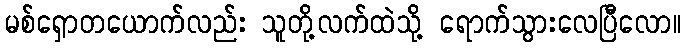
မစ်ရှောတယောက်လည်း သူတို့လက်ထဲသို့ ရောက်သွားလေပြီလော။